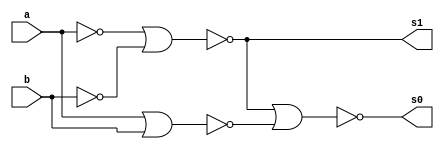
// Exemplo 01
// Nome: Bruno Rafael Nicolletti

module circuito (s0, s1, a, b);
 output s0, s1;
 input  a, b;
 wire s2, s3, s4, s5, s6, s7, s8;
 
 nor NOR1 (s2, a, b);
 nor NOR2 (s3, s2, s2);
 nor NOR3 (s4, a, a);
 nor NOR4 (s5, b, b);
 nor NOR5 (s1, s4, s5);
 nor NOR6 (s6, s1, s1);
 nor NOR7 (s7, s6, s6);
 nor NOR8 (s8, s3, s3);
 nor NOR9 (s0, s7, s8);
 
endmodule

module testcircuito;
 reg a, b;
 wire s0, s1;
 
 circuito CIRCUITO1 (s0, s1, a, b);
 
 initial begin
      $display("Exemplo 01 - Bruno Rafael Nicolletti - 380752");
      $display("Test Circuito Meia-Soma Com Portas NOR");
      $display("\na + b = s1 s0");
      a=0; b=0;
  #1  $display("%b + %b =  %b  %b", a, b, s1, s0);
      a=0; b=1;
  #1  $display("%b + %b =  %b  %b", a, b, s1, s0);
      a=1; b=0;
  #1  $display("%b + %b =  %b  %b", a, b, s1, s0);
      a=1; b=1;
  #1  $display("%b + %b =  %b  %b", a, b, s1, s0);
  end
 
endmodule
/*
//  a + b = s1 s0
    0 + 0 =  0  0
    0 + 1 =  0  1
    1 + 0 =  0  1
    1 + 1 =  1  0
*/

// OBS.: FAVOR NAO DEIXAR ESPACO EM BRANCO NO NOME DE ARQUIVO.